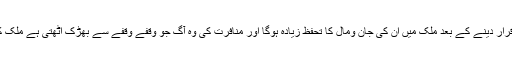
لہٰذا مرزائیوں کو سرکاری سطح پر غیرمسلم اقلیت قرار دینے کے بعد ملک میں ان کی جان ومال کا تحفظ زیادہ ہوگا اور منافرت کی وہ آگ جو وقفے وقفے سے بھڑک اٹھتی ہے ملک کی سالمیت کے لئے کبھی خطرہ نہیں بن سکے گی۔